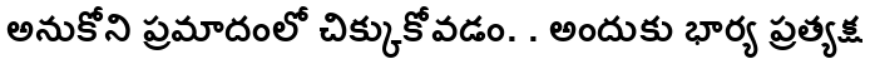
అనుకోని ప్రమాదంలో చిక్కుకోవడం. . అందుకు భార్య ప్రత్యక్ష